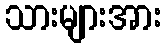
သားများအား